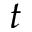
t